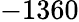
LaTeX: -1360